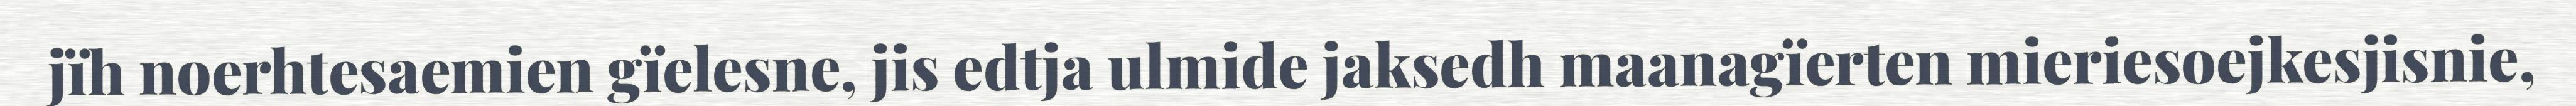
jïh noerhtesaemien gïelesne, jis edtja ulmide jaksedh maanagïerten mieriesoejkesjisnie,